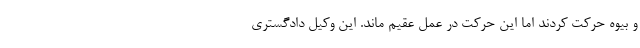
و بیوه حرکت کردند اما این حرکت در عمل عقیم ماند. این وکیل دادگستری